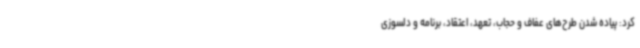
کرد: پیاده شدن طرح‌های عفاف و حجاب، تعهد، اعتقاد، برنامه و دلسوزی